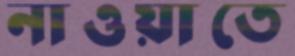
নাওয়াতে